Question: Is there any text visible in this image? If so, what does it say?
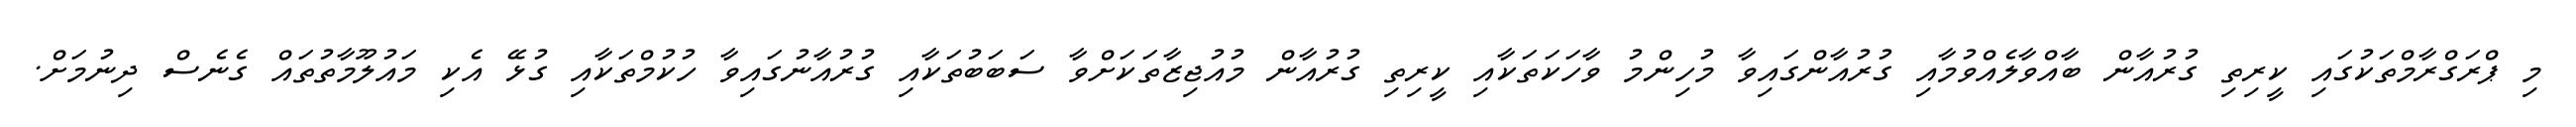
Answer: މި ޕްރަގްރާމްތަކުގައި ކީރިތި ގުރުއާން ބާއްވާލެއްވުމާއި ގުރުއާންގައިވާ މުހިންމު ވާހަކަތަކާއި ކީރިތި ގުރުއާން މުއުޖިޒާތަކަށްވާ ސަބަބުތަކާއި ގުރުއާނުގައިވާ ހުކުމްތަކާއި ގުޅޭ އެކި މައުލޫމާތުތައް ގެނެސް ދިނުމަށް.